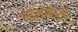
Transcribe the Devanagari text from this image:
आईसीटीसी